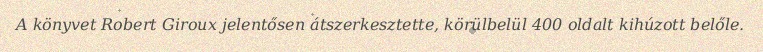
A könyvet Robert Giroux jelentősen átszerkesztette, körülbelül 400 oldalt kihúzott belőle.